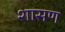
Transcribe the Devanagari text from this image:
शासण